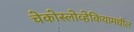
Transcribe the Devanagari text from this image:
चेकोस्लोव्हेकियामधील